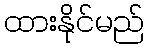
ထားနိုင်မည်